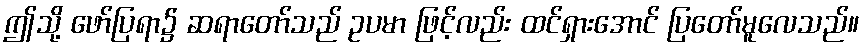
ဤသို့ ဖော်ပြရာ၌ ဆရာတော်သည် ဥပမာ ဖြင့်လည်း ထင်ရှားအောင် ပြတော်မူလေသည်။